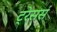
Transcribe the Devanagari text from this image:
ट्रेसर्स